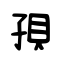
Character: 孭